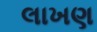
લાખણ